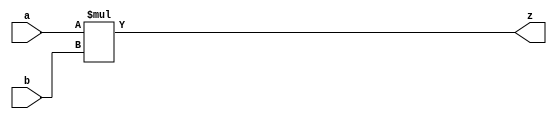
`timescale 1ns / 1ps
//////////////////////////////////////////////////////////////////////////////////
// Company: 
// Engineer: 
// 
// Design Name: 
// Module Name: MULT
// Project Name: 
// Target Devices: 
// Tool Versions: 
// Description: 
// 
// Dependencies: 
// 
// Revision:
// Revision 0.01 - File Created
// Additional Comments:
// 
//////////////////////////////////////////////////////////////////////////////////

 /*module MUL(
input sign_s,
input [31:0] a,
input [31:0] b,
output [31:0] mul_result,
output [31:0] mul_h,
output [31:0] mul_l
    );
wire signed [32:0] sa;
 wire signed [32:0] sb;
 reg signed [63:0] r;
 assign sa={a[31],a};
 assign sb={b[31],b};
 assign mul_result=r[31:0];
 assign mul_h=r[63:32];
 assign mul_l=r[31:0];
 always @*
   begin
     case(sign_s)
     0:r=a*b;
     1:r=sa*sb;
     endcase
   end

endmodule*/
 module MUL(
//    input clk,
 //   input reset,
    input signed[31:0] a,
    input signed[31:0] b,
    output signed[63:0] z
    );
    assign z=a*b;
    endmodule
  /* reg [31:0] a_reg;
    reg [31:0] b_reg;
    reg sign0;
    reg sign1;
    reg sign2;
    reg sign3;
    reg sign4;
    reg sign5;
    reg sign;

       //      
    reg [63:0] temp; 
    reg [63:0]stored[31:0];
    reg [63:0]add2[15:0];
    reg [63:0]add4[7:0];
    reg [63:0]add8[3:0];
    reg [63:0]add16[1:0]; 
   
     integer i;
     
     always@(posedge clk or negedge reset)
     begin
       // reset 1     
       if(reset) begin 
           temp<=0;
           a_reg<=0;
           b_reg<=0;
           sign0<=0;
           sign1<=0;
           sign2<=0;
           sign3<=0;
           sign4<=0;
           sign5<=0;
           sign<=0;
           i=0;
           while(i<32)
           begin
           stored[i]<=0;
            i=i+1;
           end
           add2[0]<=0;
                 add2[1]<=0;
                 add2[2]<=0;
                 add2[3]<=0;
                 add2[4]<=0;
                 add2[5]<=0;
                 add2[6]<=0;
                 add2[7]<=0;
                 add2[8]<=0;
                 add2[9]<=0;
                 add2[10]<=0;
                 add2[11]<=0;
                 add2[12]<=0;
                 add2[13]<=0;
                 add2[14]<=0;
                 add2[15]<=0;
                 
                 add4[0]<=0;
                 add4[1]<=0;
                 add4[2]<=0;
                 add4[3]<=0;
                 add4[4]<=0;
                 add4[5]<=0;
                 add4[6]<=0;
                 add4[7]<=0;
                 
                 add8[0]<=0;
                 add8[1]<=0;
                 add8[2]<=0;
                 add8[3]<=0;
                 
                 add16[0]<=0;
                 add16[1]<=0;
      end
      else begin
      a_reg<=a[31]?(~a+1'b1):a;
      b_reg<=b[31]?(~b+1'b1):b;
      sign0<=a[31]^b[31];
      
      
          //            
       stored[0] <= b_reg[0]? {32'b0, a_reg} :64'b0;
       stored[1] <= b_reg[1]? {31'b0, a_reg, 1'b0} :64'b0;
       stored[2] <= b_reg[2]? {30'b0, a_reg, 2'b0} :64'b0;
       stored[3] <= b_reg[3]? {29'b0, a_reg, 3'b0} :64'b0;
       stored[4] <= b_reg[4]? {28'b0, a_reg, 4'b0} :64'b0;
       stored[5] <= b_reg[5]? {27'b0, a_reg, 5'b0} :64'b0;
       stored[6] <= b_reg[6]? {26'b0, a_reg, 6'b0} :64'b0;
       stored[7] <= b_reg[7]? {25'b0, a_reg, 7'b0} :64'b0;
       stored[8] <= b_reg[8]? {24'b0, a_reg, 8'b0} :64'b0;
       stored[9] <= b_reg[9]? {23'b0, a_reg, 9'b0} :64'b0;
       stored[10] <= b_reg[10]? {22'b0, a_reg, 10'b0} :64'b0;
       stored[11] <= b_reg[11]? {21'b0, a_reg, 11'b0} :64'b0;
       stored[12] <= b_reg[12]? {20'b0, a_reg, 12'b0} :64'b0;
       stored[13] <= b_reg[13]? {19'b0, a_reg, 13'b0} :64'b0;
       stored[14] <= b_reg[14]? {18'b0, a_reg, 14'b0} :64'b0;
       stored[15] <= b_reg[15]? {17'b0, a_reg, 15'b0} :64'b0;
       stored[16] <= b_reg[16]? {16'b0, a_reg, 16'b0} :64'b0;
       stored[17] <= b_reg[17]? {15'b0, a_reg, 17'b0} :64'b0;
       stored[18] <= b_reg[18]? {14'b0, a_reg, 18'b0} :64'b0;
       stored[19] <= b_reg[19]? {13'b0, a_reg, 19'b0} :64'b0;
       stored[20] <= b_reg[20]? {12'b0, a_reg, 20'b0} :64'b0;
       stored[21] <= b_reg[21]? {11'b0, a_reg, 21'b0} :64'b0;
       stored[22] <= b_reg[22]? {10'b0, a_reg, 22'b0} :64'b0;
       stored[23] <= b_reg[23]? {9'b0, a_reg, 23'b0} :64'b0;
       stored[24] <= b_reg[24]? {8'b0, a_reg, 24'b0} :64'b0;
       stored[25] <= b_reg[25]? {7'b0, a_reg, 25'b0} :64'b0;
       stored[26] <= b_reg[26]? {6'b0, a_reg, 26'b0} :64'b0;
       stored[27] <= b_reg[27]? {5'b0, a_reg, 27'b0} :64'b0;
       stored[28] <= b_reg[28]? {4'b0, a_reg, 28'b0} :64'b0;
       stored[29] <= b_reg[29]? {3'b0, a_reg, 29'b0} :64'b0;
       stored[30] <= b_reg[30]? {2'b0, a_reg, 30'b0} :64'b0;
       stored[31] <= b_reg[31]? {1'b0, a_reg, 31'b0} :64'b0;
       sign1<=sign0;
       
       add2[0]<=stored[0]+stored[1];
       add2[1]<=stored[2]+stored[3];
       add2[2]<=stored[4]+stored[5];
       add2[3]<=stored[6]+stored[7];
       add2[4]<=stored[8]+stored[9];
       add2[5]<=stored[10]+stored[11];
       add2[6]<=stored[12]+stored[13];
       add2[7]<=stored[14]+stored[15];
       add2[8]<=stored[16]+stored[17];
       add2[9]<=stored[18]+stored[19];
       add2[10]<=stored[20]+stored[21];
       add2[11]<=stored[22]+stored[23];
       add2[12]<=stored[24]+stored[25];
       add2[13]<=stored[26]+stored[27];
       add2[14]<=stored[28]+stored[29];
       add2[15]<=stored[30]+stored[31];
       sign2<=sign1;
       
       add4[0]<=add2[0]+add2[1];
       add4[1]<=add2[2]+add2[3];
       add4[2]<=add2[4]+add2[5];
       add4[3]<=add2[6]+add2[7];
       add4[4]<=add2[8]+add2[9];
       add4[5]<=add2[10]+add2[11];
       add4[6]<=add2[12]+add2[13];
       add4[7]<=add2[14]+add2[15];
     sign3<=sign2;
       
       add8[0]<=add4[0]+add4[1];
       add8[1]<=add4[2]+add4[3];
       add8[2]<=add4[4]+add4[5];
       add8[3]<=add4[6]+add4[7];
        sign4<=sign3;
        
       add16[0]<=add8[0]+add8[1];
       add16[1]<=add8[2]+add8[3];
       sign5<=sign4;
       
       temp<=add16[0]+add16[1];   
       sign<=sign5;
     end
     end
     assign z=sign?(~temp+1'b1):temp;
endmodule*/